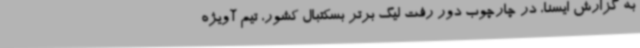
به گزارش ایسنا، در چارچوب دور رفت لیگ برتر بسکتبال کشور، تیم آویژه